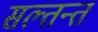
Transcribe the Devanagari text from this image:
सल्तन्त